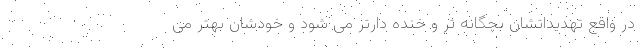
در واقع تهدیداتشان بچگانه تر و خنده دارتر می شود و خودشان بهتر می